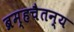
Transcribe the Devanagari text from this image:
ब्रम्हचैतन्य